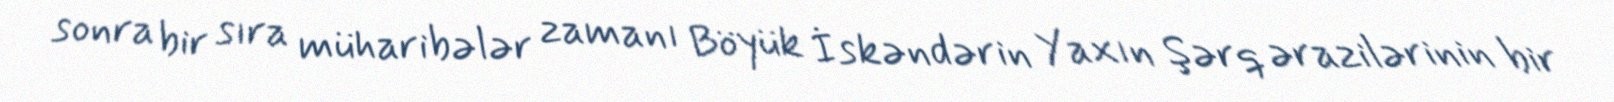
sonra bir sıra müharibələr zamanı Böyük İskəndərin Yaxın Şərq ərazilərinin bir